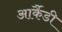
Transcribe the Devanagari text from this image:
आर्कैडी